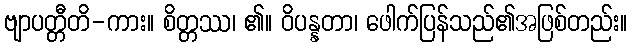
ဗျာပတ္တီတိ-ကား။ စိတ္တဿ၊ ၏။ ဝိပန္နတာ၊ ဖေါက်ပြန်သည်၏အဖြစ်တည်း။